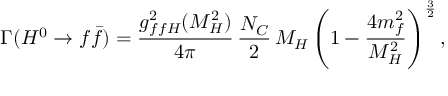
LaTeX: \Gamma ( H ^ { 0 } \to f \bar { f } ) = \frac { g _ { f f H } ^ { 2 } ( M _ { H } ^ { 2 } ) } { 4 \pi } \, \frac { N _ { C } } { 2 } \, M _ { H } \left( 1 - \frac { 4 m _ { f } ^ { 2 } } { M _ { H } ^ { 2 } } \right) ^ { \frac { 3 } { 2 } } ,